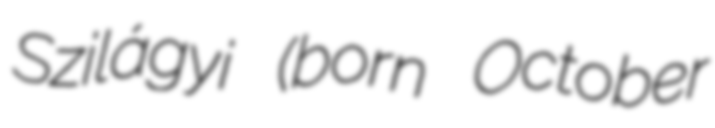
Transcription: Szilágyi (born October